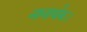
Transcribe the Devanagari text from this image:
नानार्थक।